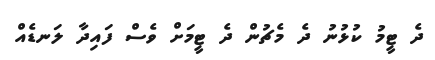
ދެ ޓީމު ކުޅުނު ދެ މެޗުން ދެ ޓީމަށް ވެސް ފައިދާ ލަނޑެއް